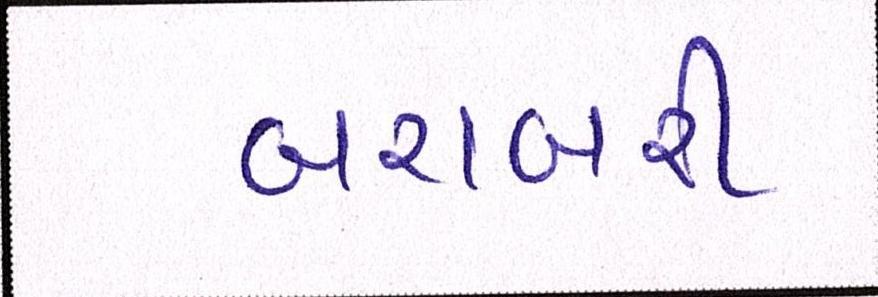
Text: બરાબરી